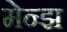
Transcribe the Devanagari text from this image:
मेन्झ